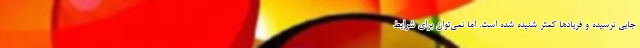
جايي نرسيده و فريادها كمتر شنيده شده است. اما نمي‌توان براي شرايط